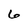
Character: 6